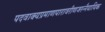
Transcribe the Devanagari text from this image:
पदवाक्यप्रमाणपारावरीणजरन्नैयायिक